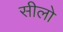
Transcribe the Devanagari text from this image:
सीलो